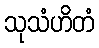
သုသံဟိတံ